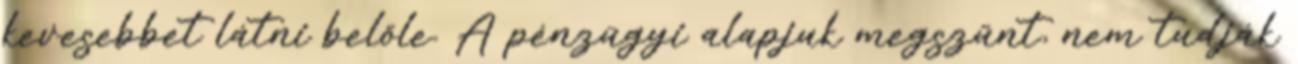
kevesebbet látni belőle. A pénzügyi alapjuk megszűnt, nem tudják